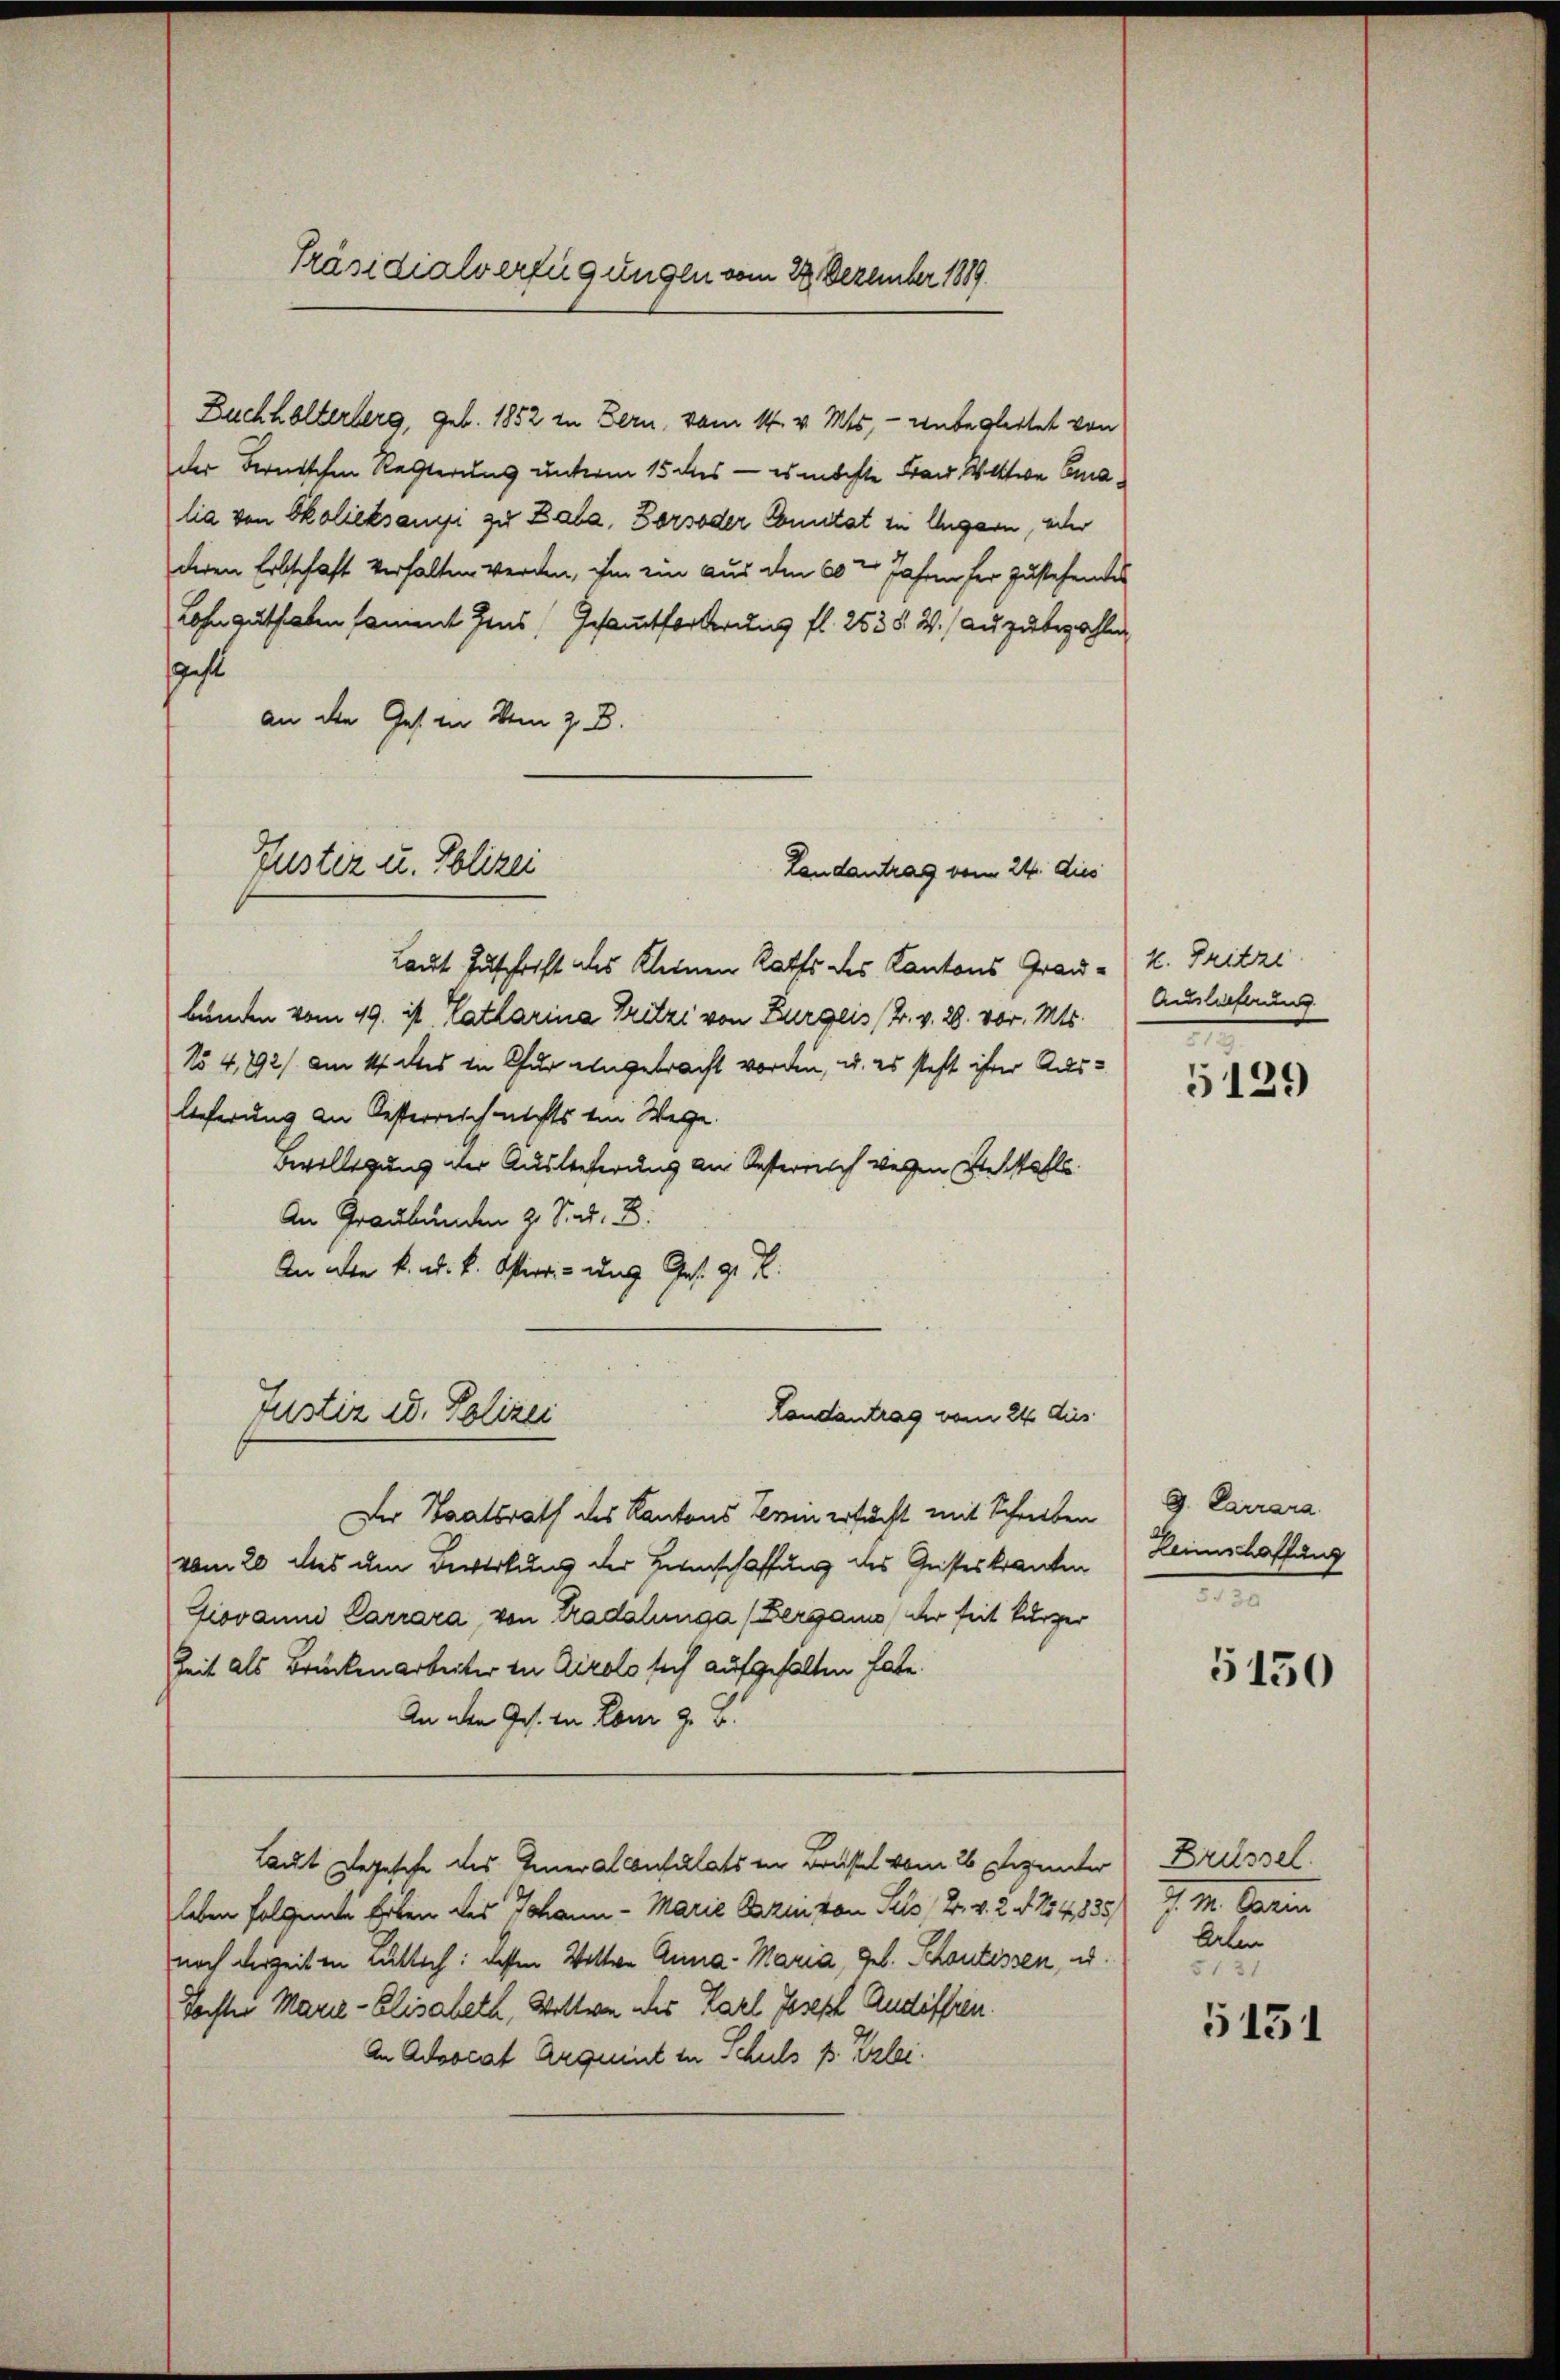
Präsidialverfügungen vom 22. Dezember 1889.

Buchhalterberg, geb. 1852 in Bern, vom 14. v. Mts. — Unbegleitet von
der Fernischen Rechterung unterm 15 des - es möchte Frau Wittwe Emalia von Skolieksani zu Zala, Dorsoder Comitat zu Ungarn, oder
deren Erbschaft verhalten werden, ihm ein aus den 60 er Jahren für zustehendes
Lohn guthaben sammt dens, Gesamtforderung fl. 253 §. 2.) auzubezahlen
sache
an die Gesin vom z. B.
Laut Zuschrift des Kleinen Raths des Kantons Grau-k. Fritzi
bunden vom 19. ist Katharina Tritzi von Burgeis (2. v. 28. vor. Mts.
No 4, 792 am 14 des in fur eingebracht worden, u. es steht ihrer Auslieferung an Oesterreich nichts von Wege.
Bevilligung der Auslieferung an Oesterreich wegen Sebstahls
An Graubünden z. S. d. B.
An aber k. k. k. Oftier- und Ges. 9 f.
Landantrag vom 24. Aus
Justiz u. Polizei
Der Staatsrath des Kantons Terin ersucht mit Schreiben
vom 20 des um Bewirkung der Heimschaffung des Geisteskranken
Ziovanni Carrara, von Tradalunga (Bergamo der seit kürzer
Zeit als Brückenarbeiter in Airolo sich aufgehalten habe.
An den Ges. in Lonr z. B.
Laut gegesehe des Generalconsultats in Brustel vom 26 Dezunter
leben folgende Erben des Johann - Marie Paren von Sels, 2. v. 2. d. 254, 135) P. M. Darin
noch derzeiten Lütlich: dessen Wittwe Anna - Maria, geb. Schantissen, u.
Tochter Marie - Elisabeth, Wollen des Karl Joseph Andiffen.
An Actsocat Arquent in Schuls p. Erlei.

Justiz u. Polizei
Landantrag vom 24. dies

Auslieferung

5129

G. Carrara
Leimschaffung
e

5150

Brüssel.
Arten
5131

5151